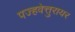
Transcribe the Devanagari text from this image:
पज्हवेत्तुरायर